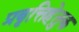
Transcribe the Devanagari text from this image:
प्रवृत्तिहेतुक